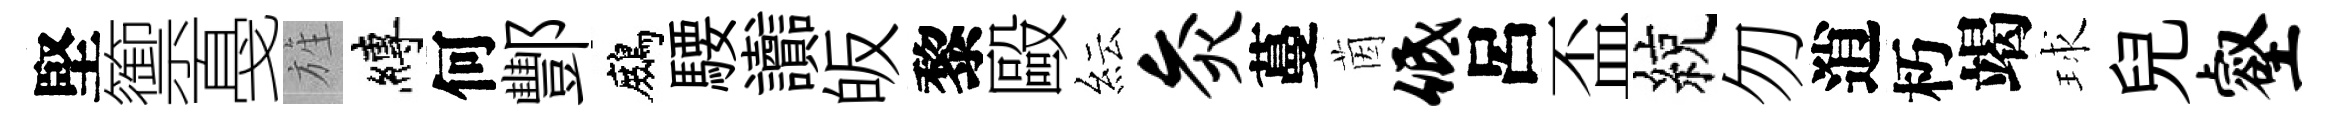
堅籞戞旌縛何酆鷓騕讟皈黎毆紜灸蔓茵低呂盃綂勿逍朽竭球兒壑